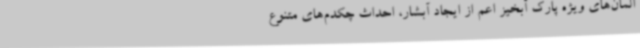
المان‌های ویژه پارک آبخیز اعم از ایجاد آبشار، احداث چکدم‌های متنوع